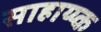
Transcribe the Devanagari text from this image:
साहाय्य्क